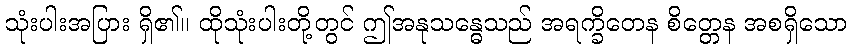
သုံးပါးအပြား ရှိ၏။ ထိုသုံးပါးတို့တွင် ဤအနုသန္ဓေသည် အရက္ခိတေန စိတ္တေန အစရှိသော